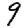
Digit: 9